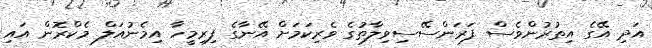
އަދި އޭގެ އިތުރުންވެސް ފަރަންސޭސިވިލާތުގެ ވެރިކަމަށް އޭނާގެ ފިރިމީހާ އިމެނުއަލް މެކްރޮން އައި